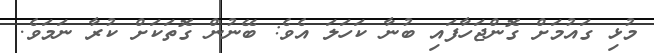
މުޅި ގައުމަށް ގޮންޖަހާފައި ބުނާ ކަހަލަ އެވެ: ބޭނުން ގޮތަކަށް ކުރާ ނަމަވެ.